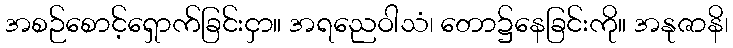
အစဉ်စောင့်ရှောက်ခြင်းငှာ။ အရညေဝါသံ၊ တော၌နေခြင်းကို။ အနုဇာနိ၊